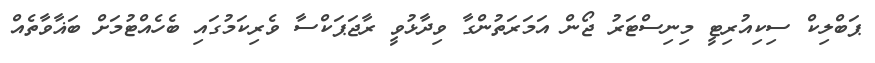
ޕަބްލިކް ސިކިއުރިޓީ މިނިސްޓަރު ޖޯން އަމަރަތުންގާ ވިދާޅުވީ ރާޖަޕަކްސާ ވެރިކަމުގައި ބެހެއްޓުމަށް ބަޣާވާތެއް